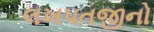
લખપતજીનો